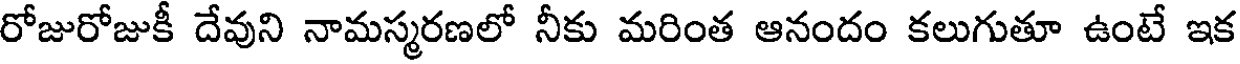
రోజురోజుకీ దేవుని నామస్మరణలో నీకు మరింత ఆనందం కలుగుతూ ఉంటే ఇక